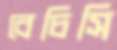
বেচিসি